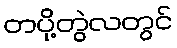
တပို့တွဲလတွင်